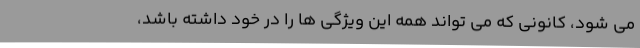
می شود، کانونی که می تواند همه این ویژگی ها را در خود داشته باشد،